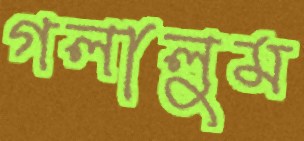
গলালুম